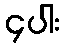
၄ပါး